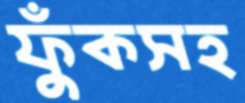
ফুঁকসহ